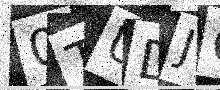
Text: 0TUDJG